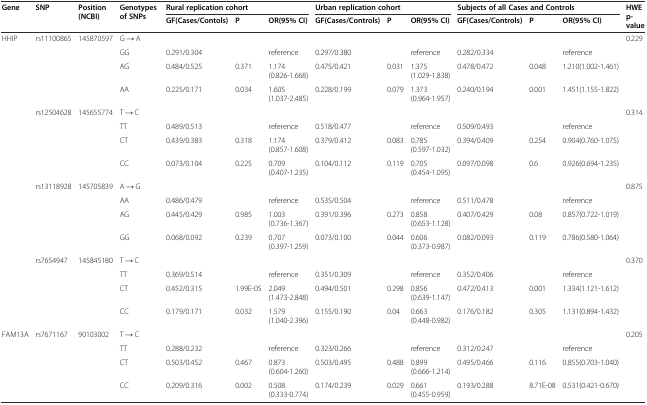
<table><thead><tr><td rowspan="2"><b>Gene</b></td><td rowspan="2"><b>SNP</b></td><td rowspan="2"><b>Position (NCBI)</b></td><td rowspan="2"><b>Genotypes of SNPs</b></td><td colspan="3"><b>Rural replication cohort</b></td><td colspan="3"><b>Urban replication cohort</b></td><td colspan="3"><b>Subjects of all Cases and Controls</b></td><td rowspan="2"><b>HWE p-value</b></td></tr><tr><td><b>GF(Cases/Contols)</b></td><td><b>P</b></td><td><b>OR(95% CI)</b></td><td><b>GF(Cases/Controls)</b></td><td><b>P</b></td><td><b>OR(95% CI)</b></td><td><b>GF(Cases/Controls)</b></td><td><b>P</b></td><td><b>OR(95% CI)</b></td></tr></thead><tbody><tr><td>HHIP</td><td>rs11100865</td><td>145870597</td><td>G → A</td><td></td><td></td><td></td><td></td><td></td><td></td><td></td><td></td><td></td><td>0.229</td></tr><tr><td></td><td></td><td></td><td>GG</td><td>0.291/0.304</td><td></td><td>reference</td><td>0.297/0.380</td><td></td><td>reference</td><td>0.282/0.334</td><td></td><td>reference</td><td></td></tr><tr><td></td><td></td><td></td><td>AG</td><td>0.484/0.525</td><td>0.371</td><td>1.174(0.826-1.668)</td><td>0.475/0.421</td><td>0.031</td><td>1.375(1.029-1.838)</td><td>0.478/0.472</td><td>0.048</td><td>1.210(1.002-1.461)</td><td></td></tr><tr><td></td><td></td><td></td><td>AA</td><td>0.225/0.171</td><td>0.034</td><td>1.605(1.037-2.485)</td><td>0.228/0.199</td><td>0.079</td><td>1.373(0.964-1.957)</td><td>0.240/0.194</td><td>0.001</td><td>1.451(1.155-1.822)</td><td></td></tr><tr><td></td><td>rs12504628</td><td>145655774</td><td>T → C</td><td></td><td></td><td></td><td></td><td></td><td></td><td></td><td></td><td></td><td>0.314</td></tr><tr><td></td><td></td><td></td><td>TT</td><td>0.489/0.513</td><td></td><td>reference</td><td>0.518/0.477</td><td></td><td>reference</td><td>0.509/0.493</td><td></td><td>reference</td><td></td></tr><tr><td></td><td></td><td></td><td>CT</td><td>0.439/0.383</td><td>0.318</td><td>1.174(0.857-1.608)</td><td>0.379/0.412</td><td>0.083</td><td>0.785(0.597-1.032)</td><td>0.394/0.409</td><td>0.254</td><td>0.904(0.760-1.075)</td><td></td></tr><tr><td></td><td></td><td></td><td>CC</td><td>0.073/0.104</td><td>0.225</td><td>0.709(0.407-1.235)</td><td>0.104/0.112</td><td>0.119</td><td>0.705(0.454-1.095)</td><td>0.097/0.098</td><td>0.6</td><td>0.926(0.694-1.235)</td><td></td></tr><tr><td></td><td>rs13118928</td><td>145705839</td><td>A → G</td><td></td><td></td><td></td><td></td><td></td><td></td><td></td><td></td><td></td><td>0.875</td></tr><tr><td></td><td></td><td></td><td>AA</td><td>0.486/0.479</td><td></td><td>reference</td><td>0.535/0.504</td><td></td><td>reference</td><td>0.511/0.478</td><td></td><td>reference</td><td></td></tr><tr><td></td><td></td><td></td><td>AG</td><td>0.445/0.429</td><td>0.985</td><td>1.003(0.736-1.367)</td><td>0.391/0.396</td><td>0.273</td><td>0.858(0.653-1.128)</td><td>0.407/0.429</td><td>0.08</td><td>0.857(0.722-1.019)</td><td></td></tr><tr><td></td><td></td><td></td><td>GG</td><td>0.068/0.092</td><td>0.239</td><td>0.707(0.397-1.259)</td><td>0.073/0.100</td><td>0.044</td><td>0.606(0.373-0.987)</td><td>0.082/0.093</td><td>0.119</td><td>0.786(0.580-1.064)</td><td></td></tr><tr><td></td><td>rs7654947</td><td>145845180</td><td>T → C</td><td></td><td></td><td></td><td></td><td></td><td></td><td></td><td></td><td></td><td>0.370</td></tr><tr><td></td><td></td><td></td><td>TT</td><td>0.369/0.514</td><td></td><td>reference</td><td>0.351/0.309</td><td></td><td>reference</td><td>0.352/0.406</td><td></td><td>reference</td><td></td></tr><tr><td></td><td></td><td></td><td>CT</td><td>0.452/0.315</td><td>1.99E-05</td><td>2.049(1.473-2.848)</td><td>0.494/0.501</td><td>0.298</td><td>0.856(0.639-1.147)</td><td>0.472/0.413</td><td>0.001</td><td>1.334(1.121-1.612)</td><td></td></tr><tr><td></td><td></td><td></td><td>CC</td><td>0.179/0.171</td><td>0.032</td><td>1.579(1.040-2.396)</td><td>0.155/0.190</td><td>0.04</td><td>0.663(0.448-0.982)</td><td>0.176/0.182</td><td>0.305</td><td>1.131(0.894-1.432)</td><td></td></tr><tr><td>FAM13A</td><td>rs7671167</td><td>90103002</td><td>T → C</td><td></td><td></td><td></td><td></td><td></td><td></td><td></td><td></td><td></td><td>0.205</td></tr><tr><td></td><td></td><td></td><td>TT</td><td>0.288/0.232</td><td></td><td>reference</td><td>0.323/0.266</td><td></td><td>reference</td><td>0.312/0.247</td><td></td><td>reference</td><td></td></tr><tr><td></td><td></td><td></td><td>CT</td><td>0.503/0.452</td><td>0.467</td><td>0.873(0.604-1.260)</td><td>0.503/0.495</td><td>0.488</td><td>0.899(0.666-1.214)</td><td>0.495/0.466</td><td>0.116</td><td>0.855(0.703-1.040)</td><td></td></tr><tr><td></td><td></td><td></td><td>CC</td><td>0.209/0.316</td><td>0.002</td><td>0.508(0.333-0.774)</td><td>0.174/0.239</td><td>0.029</td><td>0.661(0.455-0.959)</td><td>0.193/0.288</td><td>8.71E-08</td><td>0.531(0.421-0.670)</td><td></td></tr></tbody></table>